Lyperosia minuta, Bezzi - Number 59
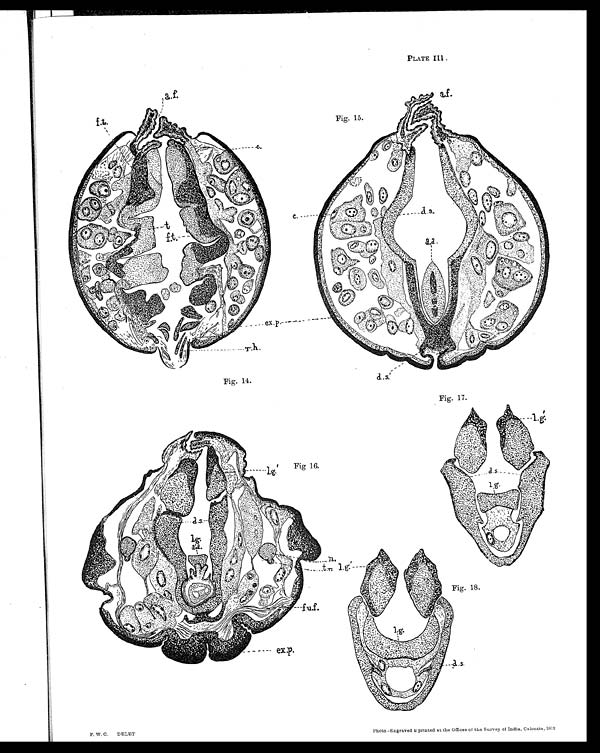
F. W. C. DELET
Photo.- Engraved &c printed at the Offices of the Survey of India, Calcutta, 1912